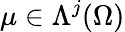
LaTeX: \mu\in\Lambda^{j}(\Omega)